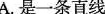
A.是一条直线